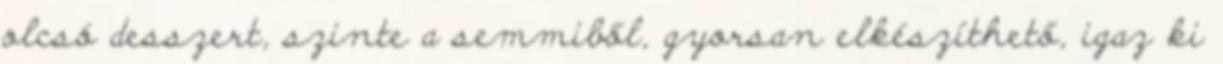
olcsó desszert, szinte a semmiből, gyorsan elkészíthető, igaz ki